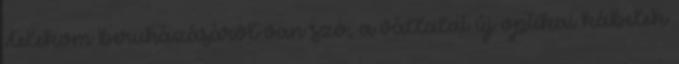
Telekom beruházásáról van szó, a vállalat új optikai kábelek